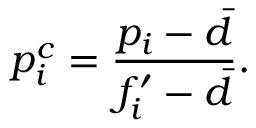
p _ { i } ^ { c } = \frac { p _ { i } - \bar { d } } { f _ { i } ^ { \prime } - \bar { d } } .